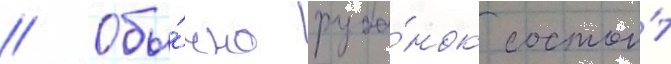
// Обы́чно руба́нок состои́т